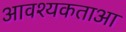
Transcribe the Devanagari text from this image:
आवश्यकताआ